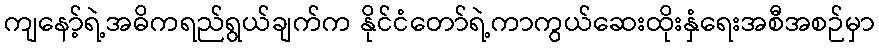
ကျနော့်ရဲ့အဓိကရည်ရွယ်ချက်က နိုင်ငံတော်ရဲ့ကာကွယ်ဆေးထိုးနှံရေးအစီအစဉ်မှာ